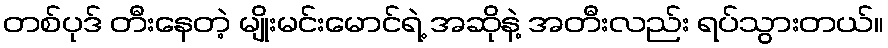
တစ်ပုဒ် တီးနေတဲ့ မျိုးမင်းမောင်ရဲ့ အဆိုနဲ့ အတီးလည်း ရပ်သွားတယ်။